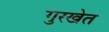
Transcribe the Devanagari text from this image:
गुरखेत